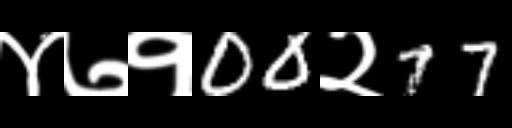
Text: ४७१00२77